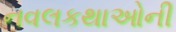
નવલકથાઓની